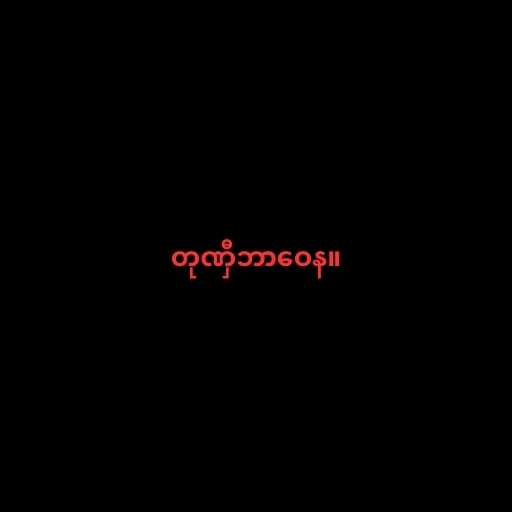
တုဏှီဘာဝေန။